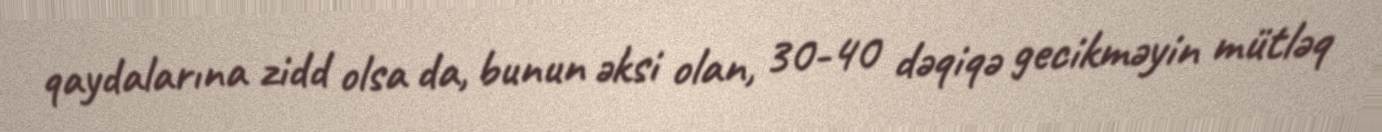
qaydalarına zidd olsa da, bunun əksi olan, 30-40 dəqiqə gecikməyin mütləq